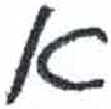
אות: א